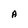
Character: A